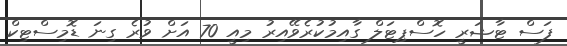
ފަސް ޓާޝަރީ ހޮސްޕިޓަލް ގާއިމުކުރެވޭއިރު މިއީ 70 އަށް ވުރެ ގިނަ ޑޮމިސްޓިކް